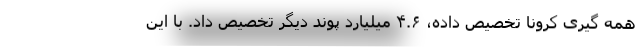
همه گیری کرونا تخصیص داده، ۴.۶ میلیارد پوند دیگر تخصیص داد. با این